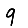
Digit: 9